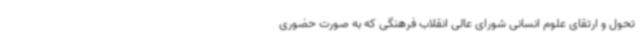
تحول و ارتقای علوم انسانی شورای عالی انقلاب فرهنگی که به صورت حضوری